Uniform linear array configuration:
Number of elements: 64
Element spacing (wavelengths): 0.25
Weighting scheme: cosine
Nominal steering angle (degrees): -60
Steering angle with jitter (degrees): -60.796
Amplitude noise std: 0.05
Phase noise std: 0.05

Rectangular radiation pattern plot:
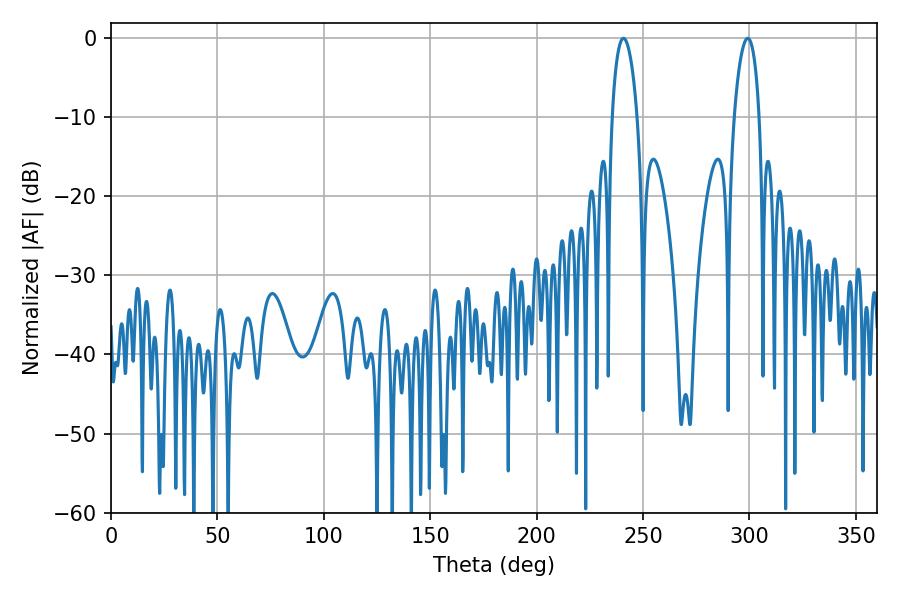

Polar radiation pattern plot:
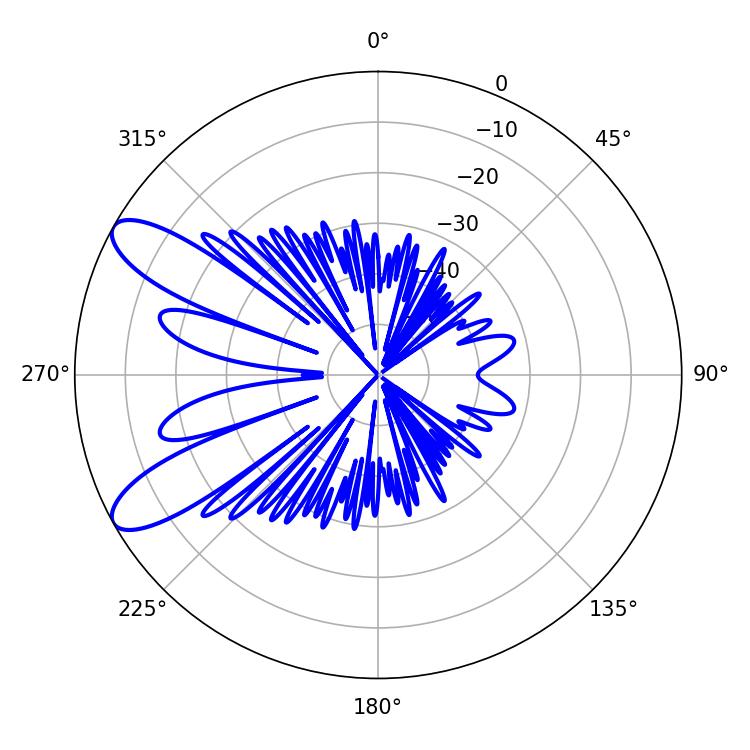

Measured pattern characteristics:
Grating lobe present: FALSE
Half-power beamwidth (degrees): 6.66
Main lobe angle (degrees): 240.84